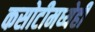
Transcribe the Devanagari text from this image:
कसोटीमध्येही